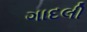
ગાદલી